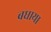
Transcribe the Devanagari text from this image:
बधाया